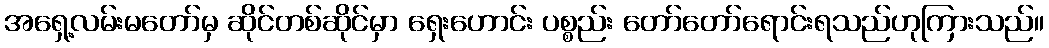
အရှေ့လမ်းမတော်မှ ဆိုင်တစ်ဆိုင်မှာ ရှေးဟောင်း ပစ္စည်း တော်တော်ရောင်းရသည်ဟုကြားသည်။